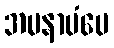
အမနာပံပေ